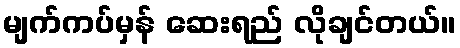
မျက်ကပ်မှန် ဆေးရည် လိုချင်တယ်။